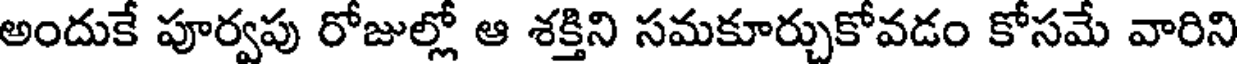
అందుకే పూర్వపు రోజుల్లో ఆ శక్తిని సమకూర్చుకోవడం కోసమే వారిని